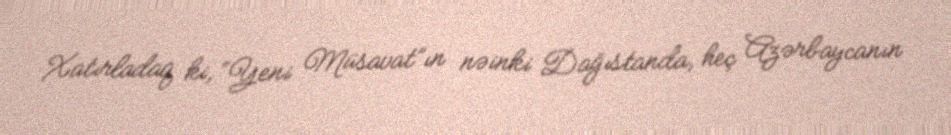
Xatırladaq ki, “Yeni Müsavat”ın nəinki Dağıstanda, heç Azərbaycanın